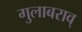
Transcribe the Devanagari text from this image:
गुलाबराव्